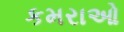
કમરાઓ